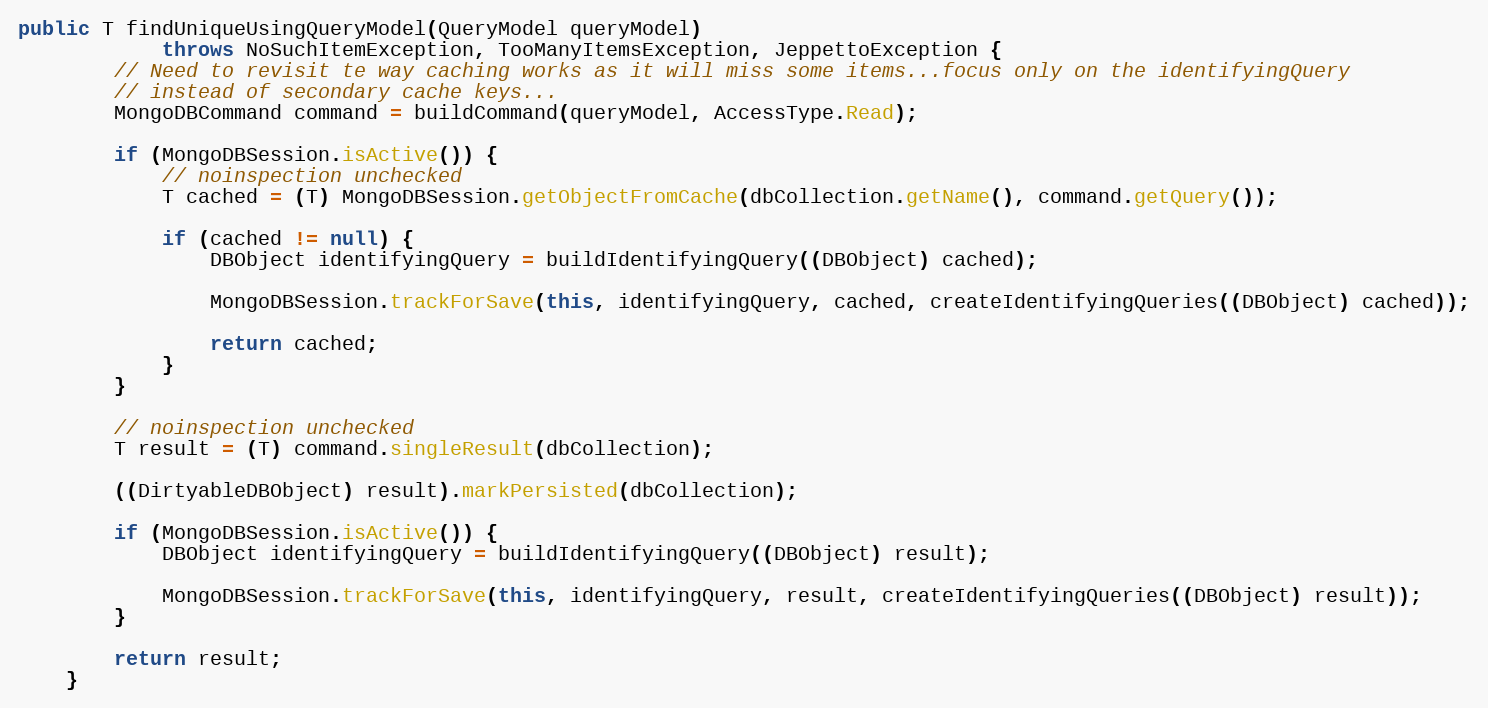
Language: Java
public T findUniqueUsingQueryModel(QueryModel queryModel)
            throws NoSuchItemException, TooManyItemsException, JeppettoException {
        // Need to revisit te way caching works as it will miss some items...focus only on the identifyingQuery
        // instead of secondary cache keys...
        MongoDBCommand command = buildCommand(queryModel, AccessType.Read);

        if (MongoDBSession.isActive()) {
            // noinspection unchecked
            T cached = (T) MongoDBSession.getObjectFromCache(dbCollection.getName(), command.getQuery());

            if (cached != null) {
                DBObject identifyingQuery = buildIdentifyingQuery((DBObject) cached);

                MongoDBSession.trackForSave(this, identifyingQuery, cached, createIdentifyingQueries((DBObject) cached));

                return cached;
            }
        }

        // noinspection unchecked
        T result = (T) command.singleResult(dbCollection);

        ((DirtyableDBObject) result).markPersisted(dbCollection);

        if (MongoDBSession.isActive()) {
            DBObject identifyingQuery = buildIdentifyingQuery((DBObject) result);

            MongoDBSession.trackForSave(this, identifyingQuery, result, createIdentifyingQueries((DBObject) result));
        }

        return result;
    }